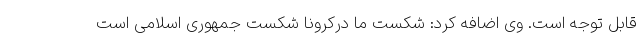
قابل توجه است. وی اضافه کرد: شکست ما درکرونا شکست جمهوری اسلامی است